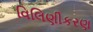
વિલિણીકરણ